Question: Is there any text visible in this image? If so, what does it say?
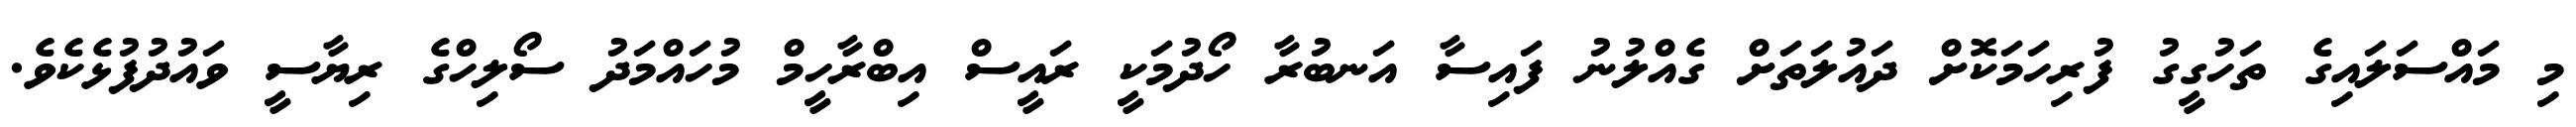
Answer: މި މައްސަލައިގެ ތަހުގީގު ފުރިހަމަކޮށް ދައުލަތަށް ގެއްލުނު ފައިސާ އަނބުރާ ހޯދުމަކީ ރައީސް އިބްރާހީމް މުހައްމަދު ސޯލިހްގެ ރިޔާސީ ވައުދުފުޅެކެވެ.